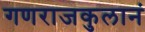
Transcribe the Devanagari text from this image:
गणराजकुलानं